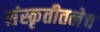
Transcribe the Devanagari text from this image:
संस्कृतीतलेच